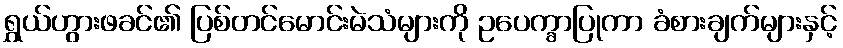
ရွှယ်ဟွားဖခင်၏ ပြစ်တင်မောင်းမဲသံများကို ဥပေက္ခာပြုကာ ခံစားချက်များနှင့်